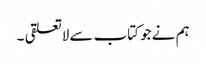
ہم نے جو کتاب سے لاتعلقی ۔